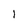
Character: l